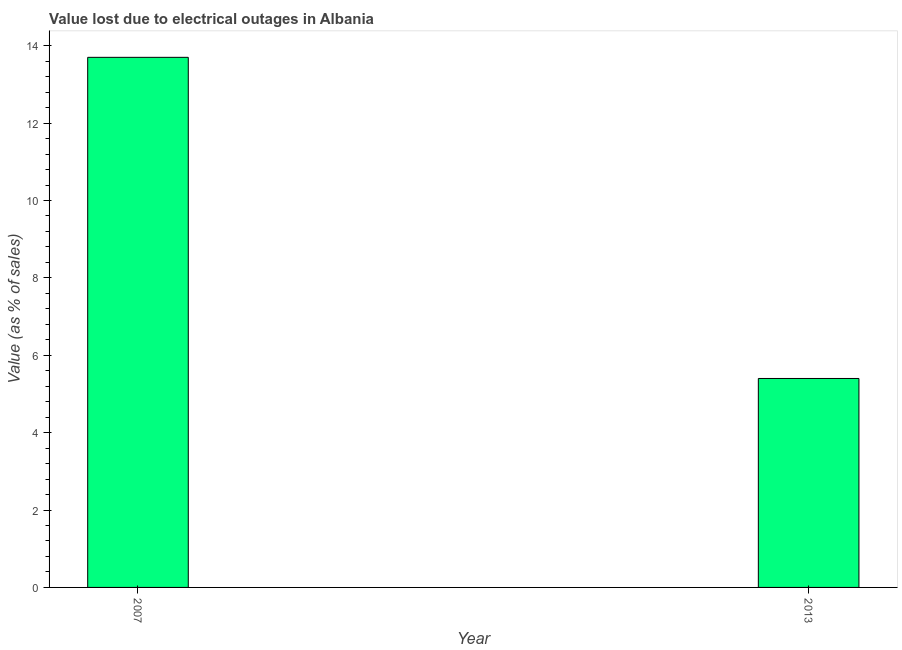
| Year | Value lost due to electrical outages |
 | --- | --- |
 | 2007 | 13.7 |
 | 2013 | 5.4 |